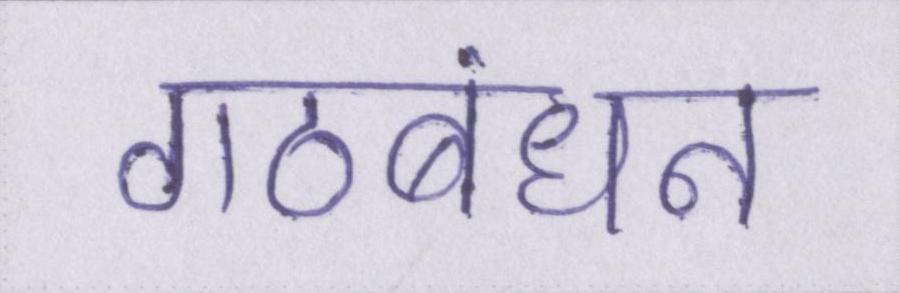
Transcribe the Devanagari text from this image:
गठबंधन